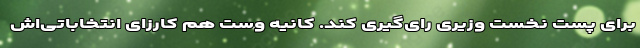
برای پست نخست وزیری رای‌گیری کند. کانیه وست هم کارزای انتخاباتی‌اش